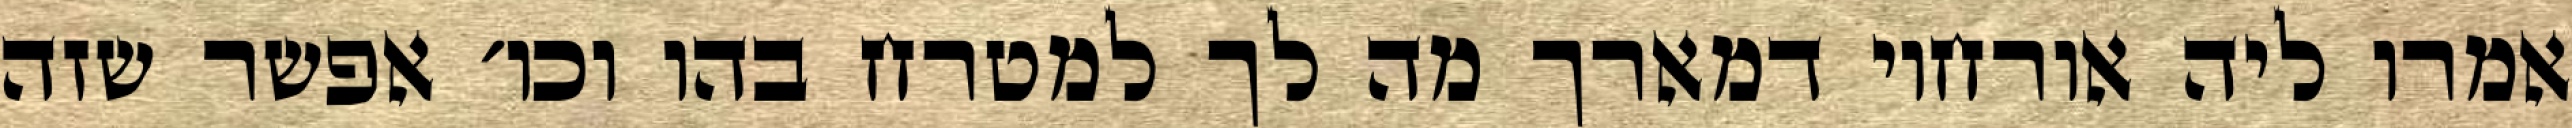
אמרו ליה אורחוי דמארך מה לך למטרח בהו וכו׳ אפשר שזה